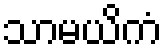
သာမယိကံ